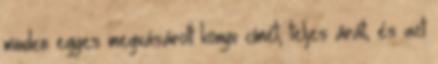
minden egyes megvásárolt könyv címét, teljes árát, és azt